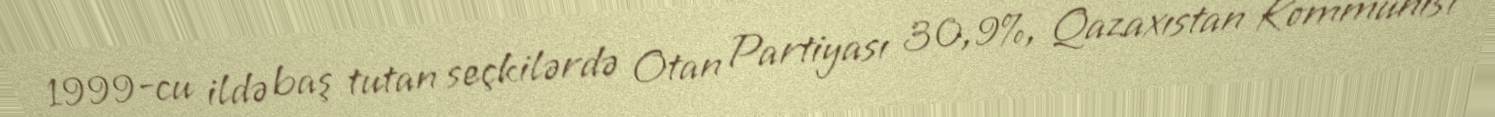
1999-cu ildə baş tutan seçkilərdə Otan Partiyası 30,9%, Qazaxıstan Kommunist